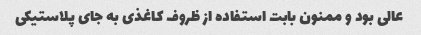
عالی بود و ممنون بابت استفاده از ظروف کاغذی به جای پلاستیکی